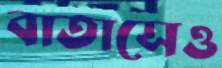
বাতাসেও